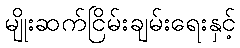
မျိုးဆက်ငြိမ်းချမ်းရေးနှင့်